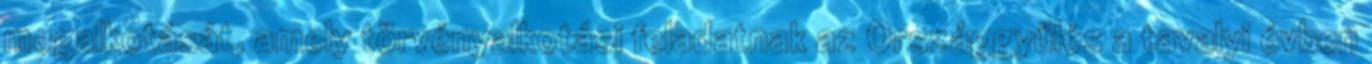
megalkotását, amely törvényalkotási feladatnak az Országgyűlés a tavalyi évben